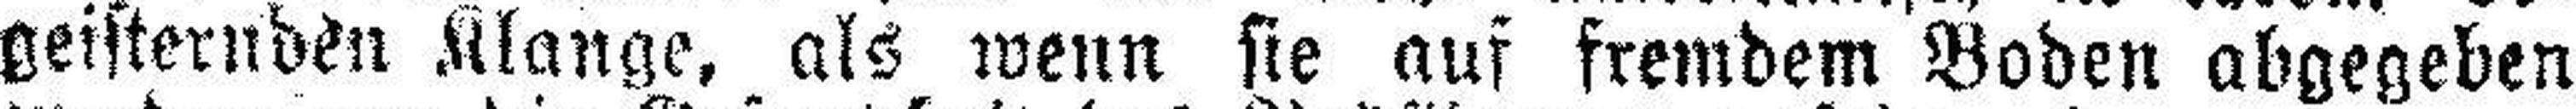
geisternden Klange, als wenn sie auf fremdem Boden abgegeben